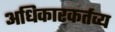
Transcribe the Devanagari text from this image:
अधिकारकर्तव्य